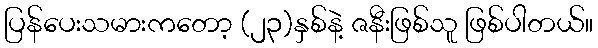
ပြန်ပေးသမားကတော့ (၂၃)နှစ်နဲ့ ဇနီးဖြစ်သူ ဖြစ်ပါတယ်။